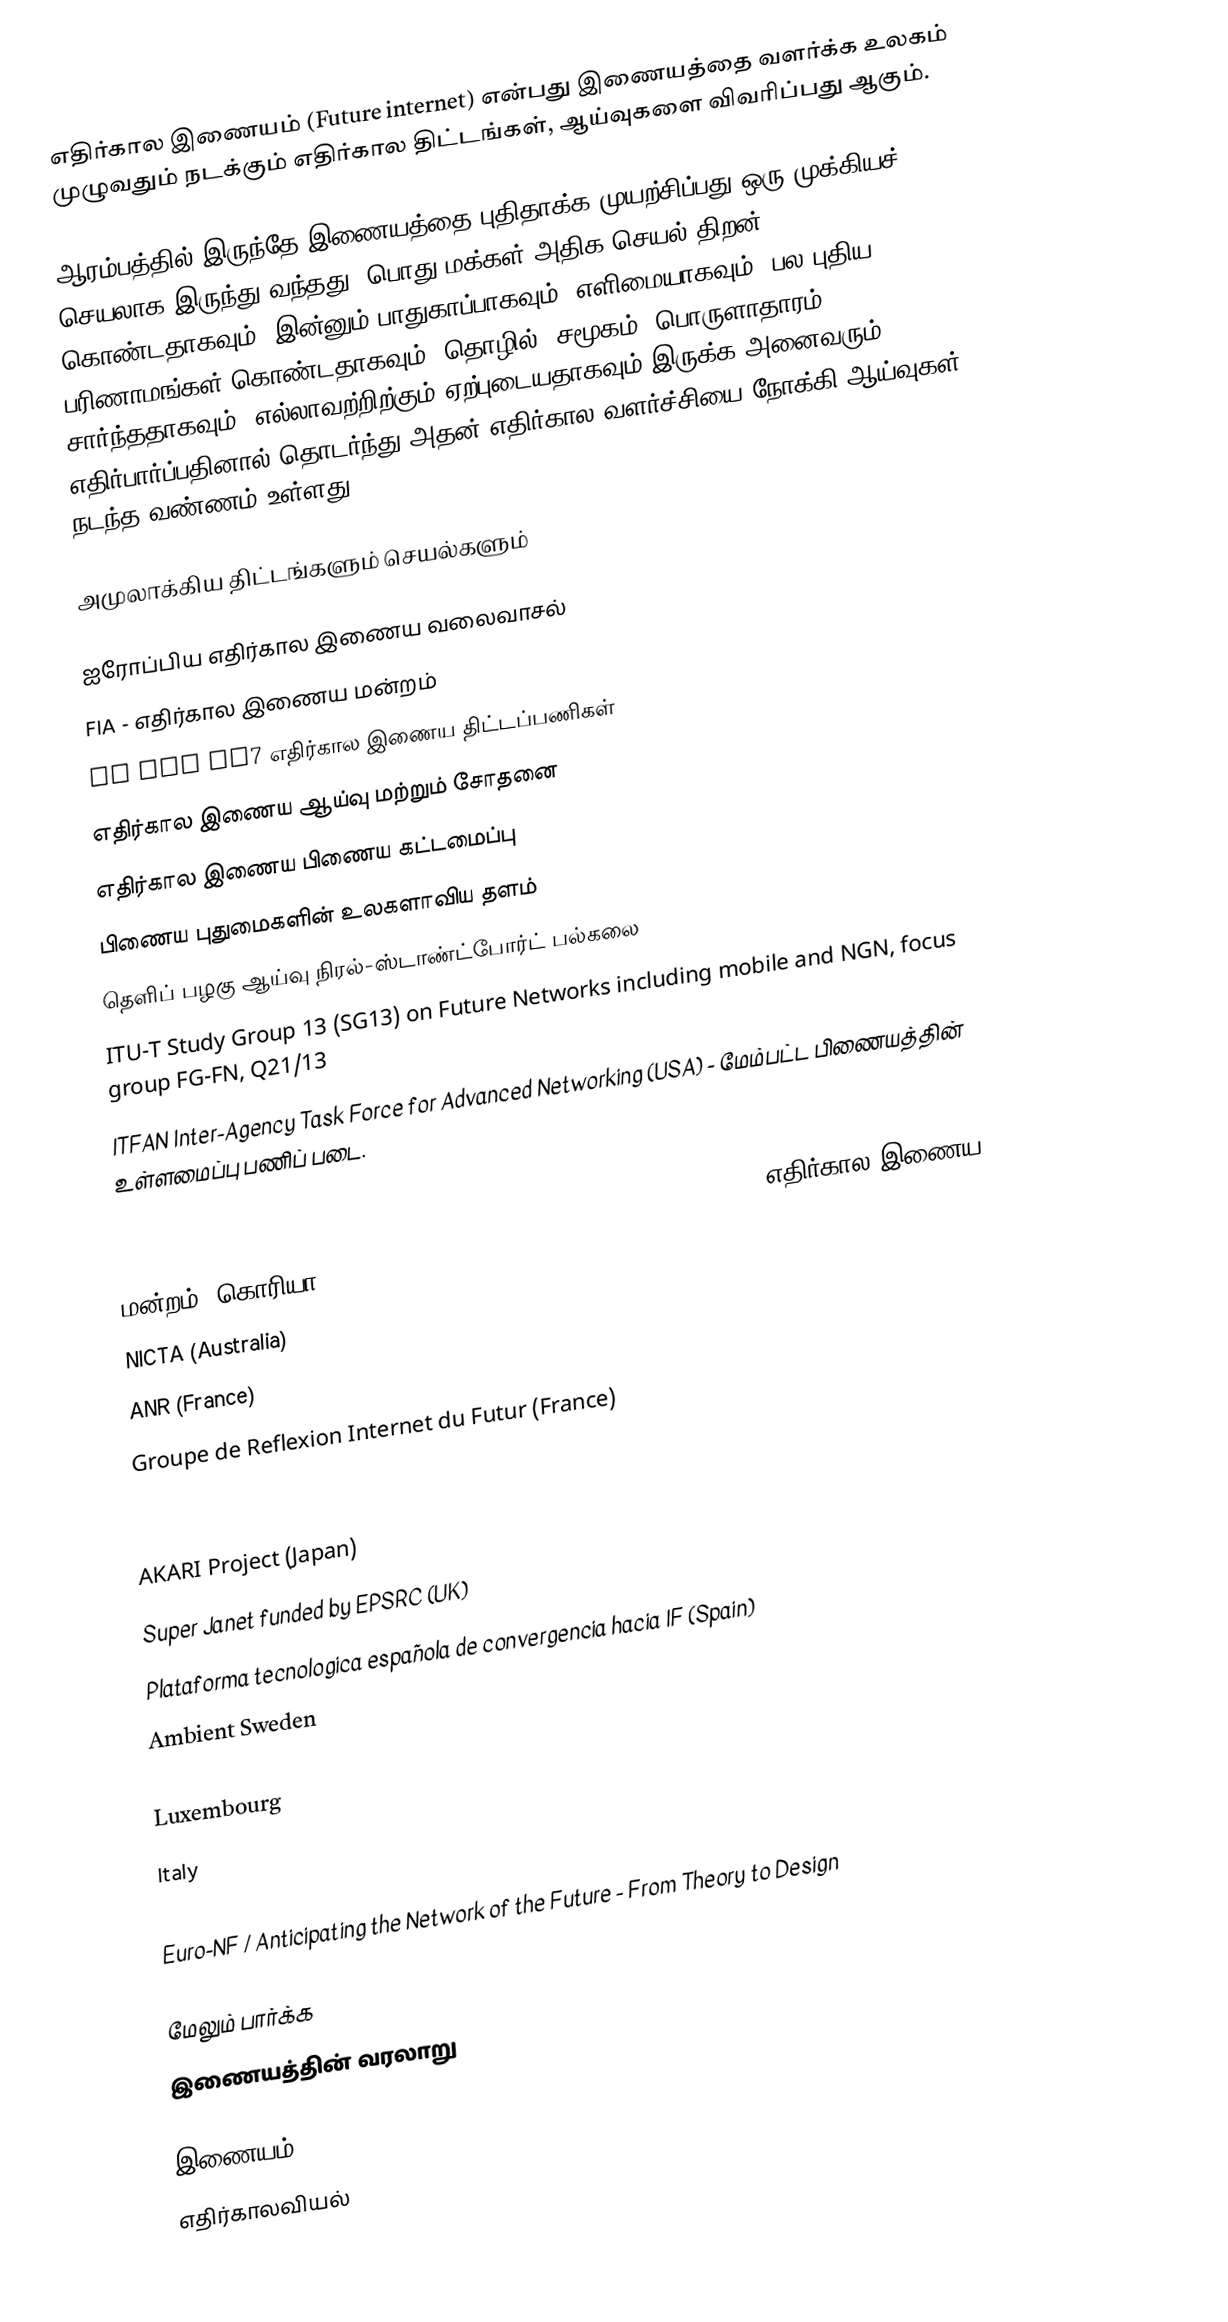
எதிர்கால இணையம் (Future internet) என்பது இணையத்தை வளர்க்க உலகம் முழுவதும் நடக்கும் எதிர்கால திட்டங்கள், ஆய்வுகளை விவரிப்பது ஆகும்.

ஆரம்பத்தில் இருந்தே இணையத்தை புதிதாக்க முயற்சிப்பது ஒரு முக்கியச் செயலாக இருந்து வந்தது. பொது மக்கள் அதிக செயல் திறன் கொண்டதாகவும், இன்னும் பாதுகாப்பாகவும், எளிமையாகவும், பல புதிய பரிணாமங்கள் கொண்டதாகவும், தொழில், சமூகம், பொருளாதாரம் சார்ந்ததாகவும், எல்லாவற்றிற்கும் ஏற்புடையதாகவும் இருக்க அனைவரும் எதிர்பார்ப்பதினால் தொடர்ந்து அதன் எதிர்கால வளர்ச்சியை நோக்கி ஆய்வுகள் நடந்த வண்ணம் உள்ளது.

அமுலாக்கிய திட்டங்களும் செயல்களும்

 ஐரோப்பிய எதிர்கால இணைய வலைவாசல்
 FIA - எதிர்கால இணைய மன்றம்
 EU ICT FP7 எதிர்கால இணைய திட்டப்பணிகள்
 எதிர்கால இணைய ஆய்வு மற்றும் சோதனை
 எதிர்கால இணைய பிணைய கட்டமைப்பு
 பிணைய புதுமைகளின் உலகளாவிய தளம்
 தெளிப் பழகு ஆய்வு நிரல்-ஸ்டாண்ட்போர்ட் பல்கலை
 ITU-T Study Group 13 (SG13) on Future Networks including mobile and NGN, focus group FG-FN, Q21/13
 ITFAN Inter-Agency Task Force for Advanced Networking (USA) - மேம்பட்ட பிணையத்தின் உள்ளமைப்பு பணிப் படை.
 it839/u-it839 (Korea)
 it839/u-it839 and FIF (Future Internet Forum) funded by MIC (Korea) எதிர்கால இணைய மன்றம் (கொரியா)
 NICTA (Australia)
 ANR (France)
 Groupe de Reflexion Internet du Futur (France)
 G-LAB funded by BMBF (Germany)
 ICT SHOK (Finland)
 AKARI Project (Japan)
 Super Janet funded by EPSRC (UK)
 Plataforma tecnologica española de convergencia hacia IF (Spain)
 Ambient Sweden
 Belgium
 Luxembourg
 Italy
 Ireland
 Euro-NF / Anticipating the Network of the Future - From Theory to Design

மேலும் பார்க்க
 இணையத்தின் வரலாறு

இணையம்
எதிர்காலவியல்